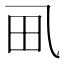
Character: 𱰤